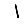
Digit: 1